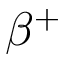
\beta ^ { + }